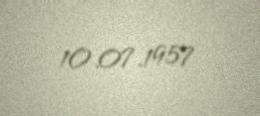
10.07.1957